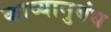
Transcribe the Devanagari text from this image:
काव्यानुबंध